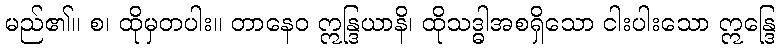
မည်၏။ စ၊ ထိုမှတပါး။ တာနေဝ ဣန္ဒြယာနိ၊ ထိုသဒ္ဓါအစရှိသော ငါးပါးသော ဣန္ဒြေ